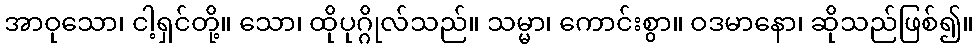
အာဝုသော၊ ငါ့ရှင်တို့။ သော၊ ထိုပုဂ္ဂိုလ်သည်။ သမ္မာ၊ ကောင်းစွာ။ ဝဒမာနော၊ ဆိုသည်ဖြစ်၍။